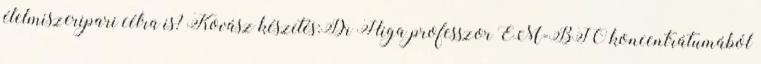
élelmiszeripari célra is? Kovász készítés:Dr Higa professzor EM-BIO koncentrátumából